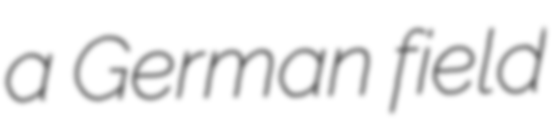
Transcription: a German field